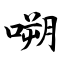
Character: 嗍